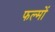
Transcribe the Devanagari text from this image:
फल्मों